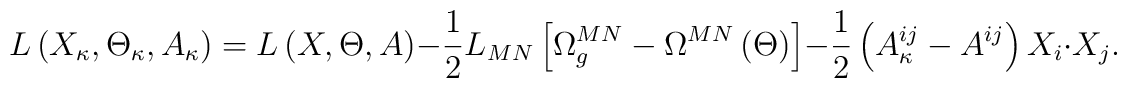
L\left( X_\kappa ,\Theta _\kappa ,A_\kappa \right) =L\left( X,\Theta,A\right) -\frac 12L_{MN}\left[ \Omega _g^{MN}-\Omega ^{MN}\left( \Theta\right) \right] -\frac 12\left( A_\kappa ^{ij}-A^{ij}\right) X_i\cdot X_j.